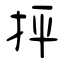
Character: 抨